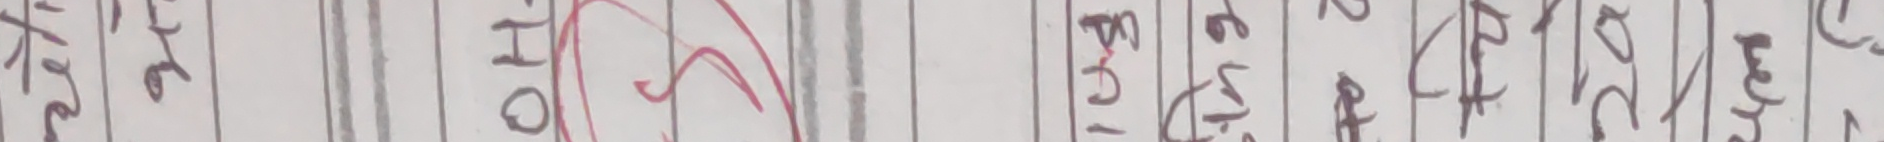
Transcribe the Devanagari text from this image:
हे।